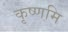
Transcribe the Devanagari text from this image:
कृष्णमि